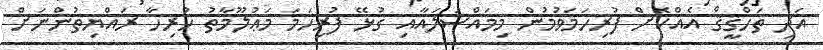
އަދި ތަހްޤީޤް އެއްކޮށް ފުރިހަމަވުމުން މިމައްސަލައާއި ގުޅޭ ފުރިހަމަ މަޢުލޫމާތު ހުރިހާ ރައްޔިތުންނަށް